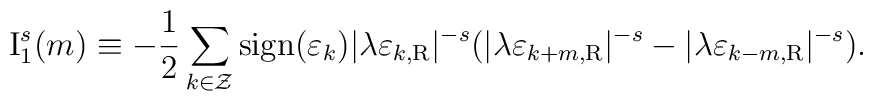
{\rm I}_{1}^{s}(m) \equiv - \frac{1}{2} \sum_{k \in \cal Z}{\rm sign}(\varepsilon_k) |\lambda \varepsilon_{k, \rm R}|^{-s}( |\lambda \varepsilon_{k+m, \rm R}|^{-s} -|\lambda \varepsilon_{k-m, \rm R}|^{-s} ).